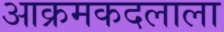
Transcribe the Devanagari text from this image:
आक्रमकदलाला